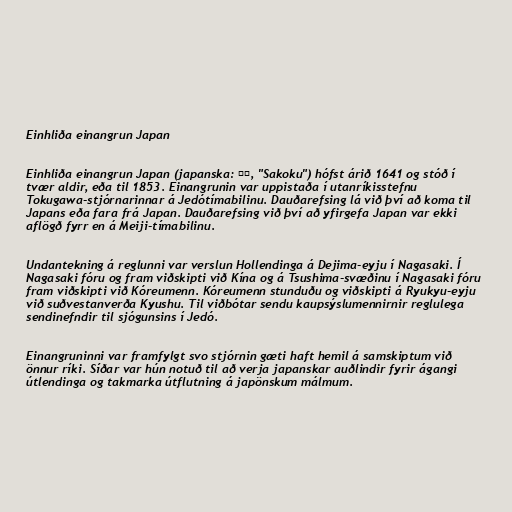
Einhliða einangrun Japan

Einhliða einangrun Japan (japanska: 鎖国, "Sakoku") hófst árið 1641 og stóð í
tvær aldir, eða til 1853. Einangrunin var uppistaða í utanríkisstefnu
Tokugawa-stjórnarinnar á Jedótímabilinu. Dauðarefsing lá við því að koma til
Japans eða fara frá Japan. Dauðarefsing við því að yfirgefa Japan var ekki
aflögð fyrr en á Meiji-tímabilinu.

Undantekning á reglunni var verslun Hollendinga á Dejima-eyju í Nagasaki. Í
Nagasaki fóru og fram viðskipti við Kína og á Tsushima-svæðinu í Nagasaki fóru
fram viðskipti við Kóreumenn. Kóreumenn stunduðu og viðskipti á Ryukyu-eyju
við suðvestanverða Kyushu. Til viðbótar sendu kaupsýslumennirnir reglulega
sendinefndir til sjógunsins í Jedó.

Einangruninni var framfylgt svo stjórnin gæti haft hemil á samskiptum við
önnur ríki. Síðar var hún notuð til að verja japanskar auðlindir fyrir ágangi
útlendinga og takmarka útflutning á japönskum málmum.